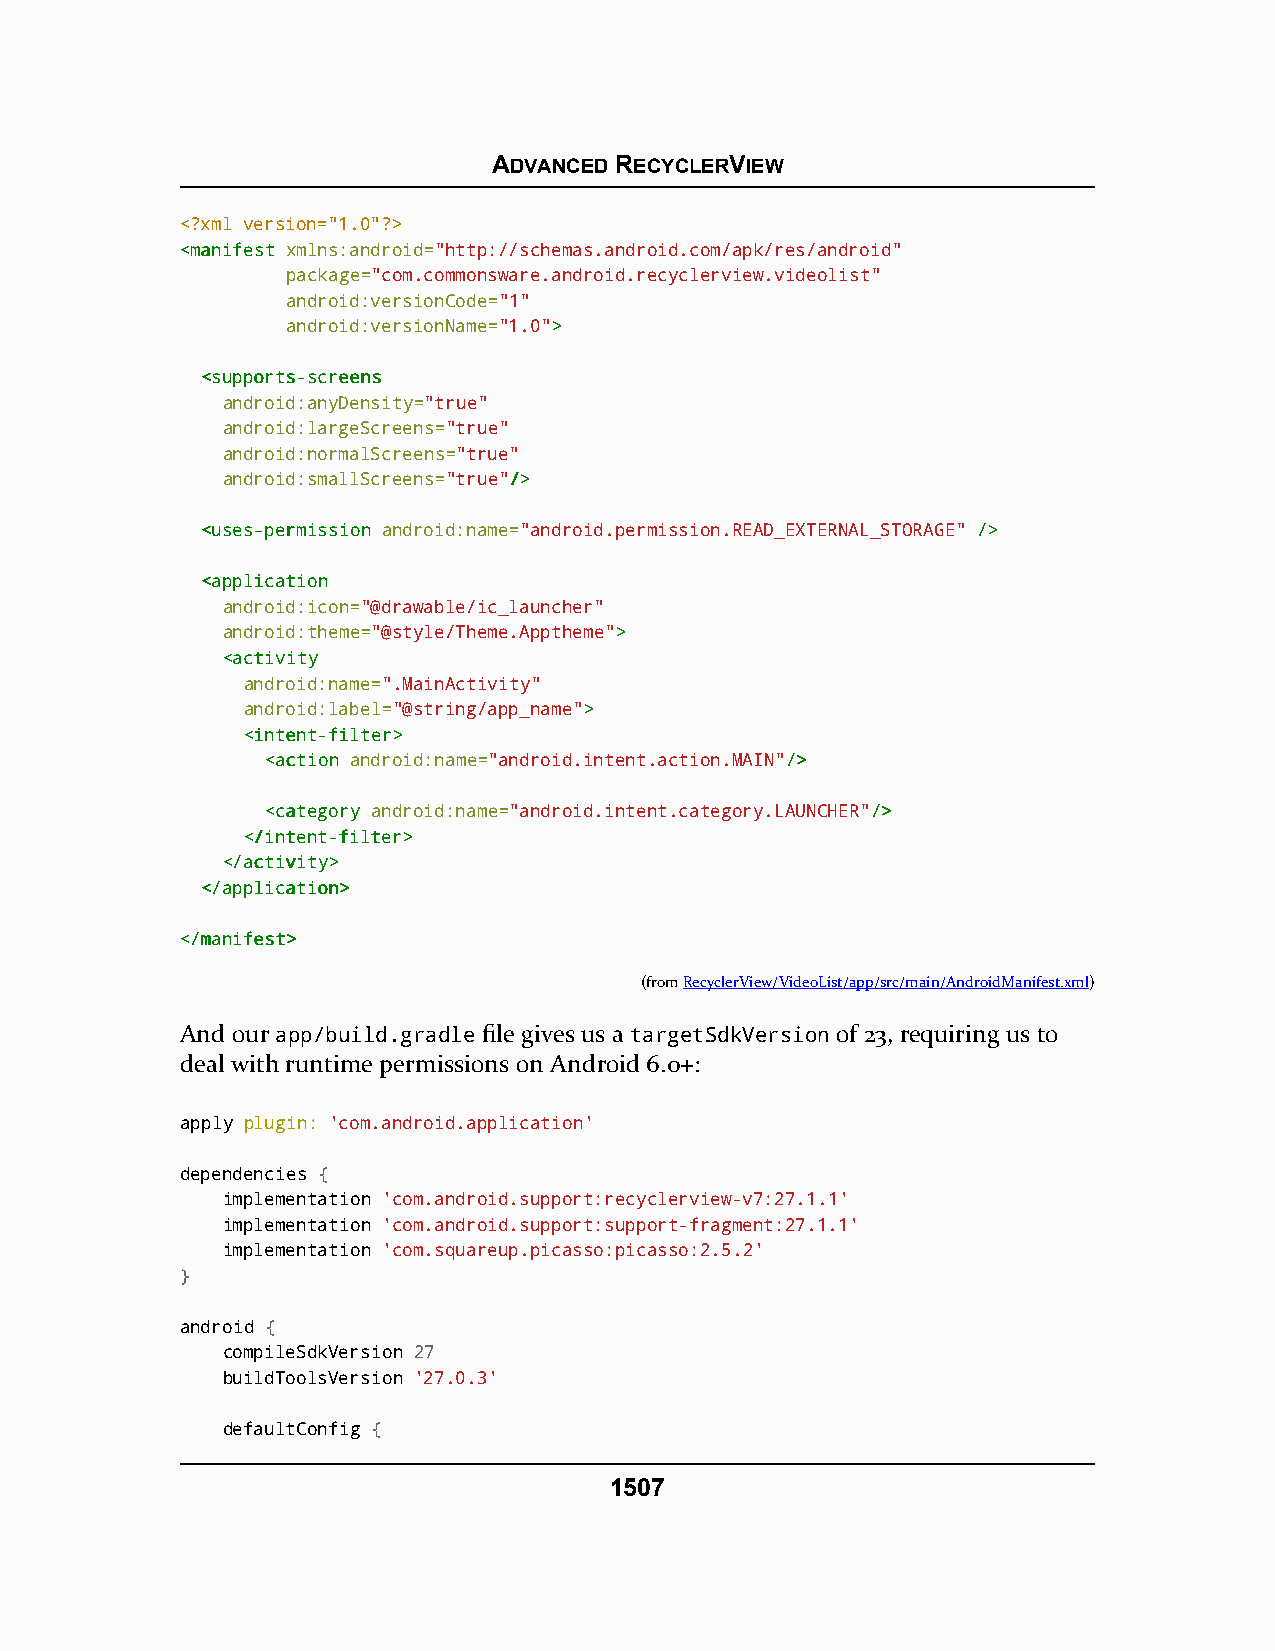
ADVANCED RECYCLERVIEW
 <?xml version="1.0"?>
 <<mmaanniiffeesstt xmlns:android="http://schemas.android.com/apk/res/android"
 package="com.commonsware.android.recyclerview.videolist"
 android:versionCode="1"
 android:versionName="1.0">>
 <<ssuuppppoorrttss--ssccrreeeennss
 android:anyDensity="true"
 android:largeScreens="true"
 android:normalScreens="true"
 android:smallScreens="true"//>>
 <<uusseess--ppeerrmmiissssiioonn android:name="android.permission.READ_EXTERNAL_STORAGE" //>>
 <<aapppplliiccaattiioonn
 android:icon="@drawable/ic_launcher"
 android:theme="@style/Theme.Apptheme">>
 <<aaccttiivviittyy
 android:name=".MainActivity"
 android:label="@string/app_name">>
 <<iinntteenntt--ffiilltteerr>>
 <<aaccttiioonn android:name="android.intent.action.MAIN"//>>
 <<ccaatteeggoorryy android:name="android.intent.category.LAUNCHER"//>>
 <<//iinntteenntt--ffiilltteerr>>
 <<//aaccttiivviittyy>>
 <<//aapppplliiccaattiioonn>>
 <<//mmaanniiffeesstt>>
 (fromRecyclerView/VideoList/app/src/main/AndroidManifest.xml)
 And our app/build.gradle file gives us a targetSdkVersion of 23, requiring us to
 deal with runtime permissions on Android 6.0+:
 apply plugin: 'com.android.application'
 dependencies {
 implementation 'com.android.support:recyclerview-v7:27.1.1'
 implementation 'com.android.support:support-fragment:27.1.1'
 implementation 'com.squareup.picasso:picasso:2.5.2'
 }
 android {
 compileSdkVersion 27
 buildToolsVersion '27.0.3'
 defaultConfig {
 1507